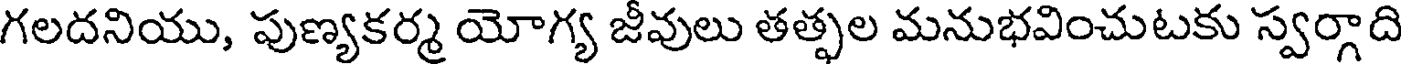
గలదనియు, పుణ్యకర్మ యోగ్య జీవులు తత్ఫల మనుభవించుటకు స్వర్గాది